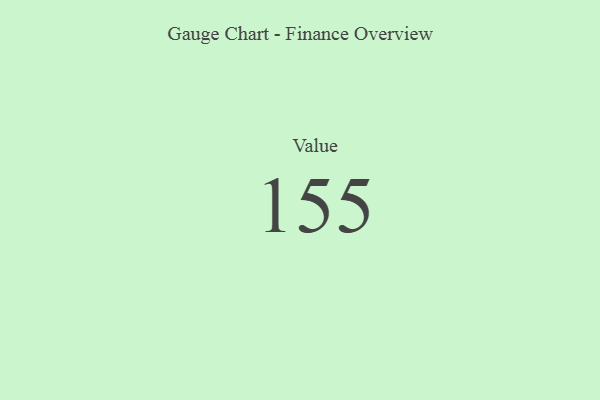
{"axis": {"x": "Metric", "y": "Value"}, "legend": [""], "data": [{"x": "Value", "y": 155, "type": ""}]}